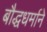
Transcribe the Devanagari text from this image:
बौद्धधर्माने